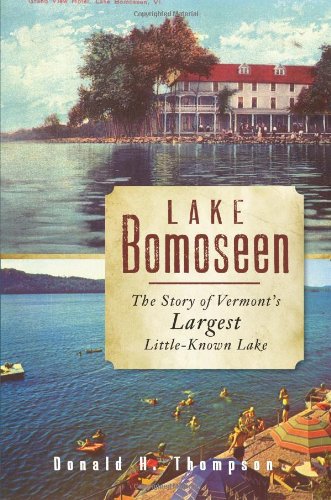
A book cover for Lake Bomoseen: The Story of Vermont's Largest Little-Known Lake; Donald H. Thompson; Science & Math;